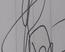
Signature authenticity: forged